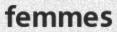
femmes